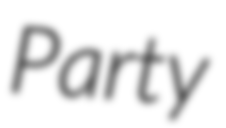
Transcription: Party